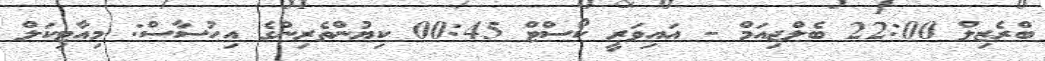
ބްރެޒިލް 22:00 ބެލްޖިއަމް - އައިވަރީ ކޯސްޓް 00:45 ކިޔުންތެރިންގެ އިހުސާސް: މިއާޓިކަލް